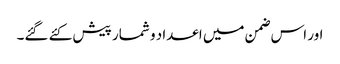
اور اس ضمن میں اعداد و شمار پیش کئے گئے۔